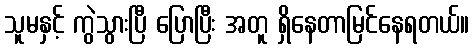
သူမနှင့် ကွဲသွားပြီ ပြောပြီး အတူ ရှိနေတာမြင်နေရတယ်။